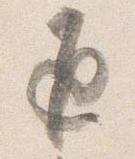
返